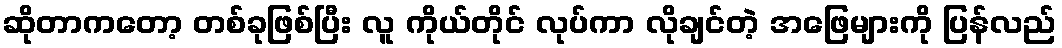
ဆိုတာကတော့ တစ်ခုဖြစ်ပြီး လူ ကိုယ်တိုင် လုပ်ကာ လိုချင်တဲ့ အဖြေများကို ပြန်လည်